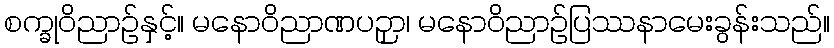
စက္ခုဝိညာဉ်နှင့်။ မနောဝိညာဏပဉှာ၊ မနောဝိညာဉ်ပြဿနာမေးခွန်းသည်။